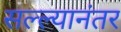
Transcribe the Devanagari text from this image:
सल्ल्यानंतर